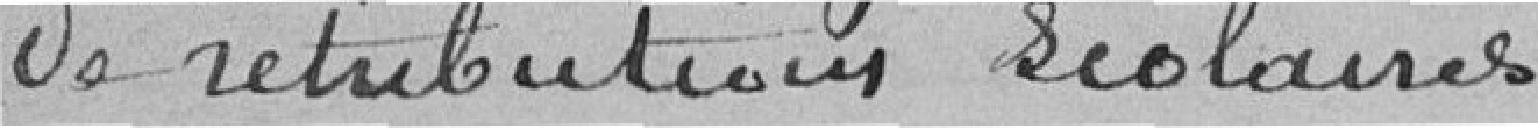
de rétribution scolaire